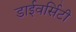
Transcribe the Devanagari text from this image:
डाईवर्सिटी